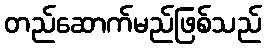
တည်ဆောက်မည်ဖြစ်သည်